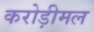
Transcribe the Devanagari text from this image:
करोड़ीमल